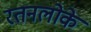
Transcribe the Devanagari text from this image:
रतनलोके